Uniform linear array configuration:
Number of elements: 4
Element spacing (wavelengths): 0.75
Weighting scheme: exponential
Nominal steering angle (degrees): -60
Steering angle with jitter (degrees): -60.522
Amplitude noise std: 0.05
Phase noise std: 0.05

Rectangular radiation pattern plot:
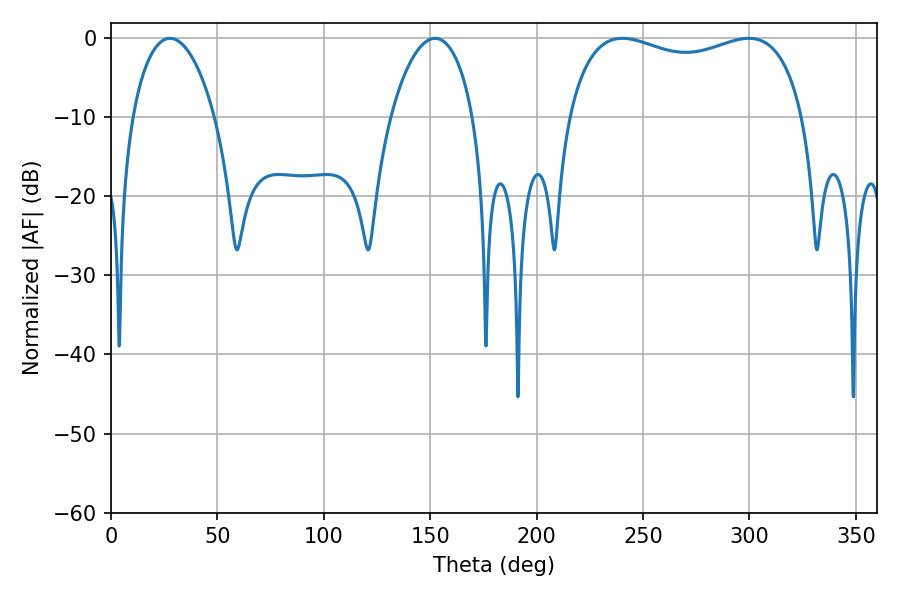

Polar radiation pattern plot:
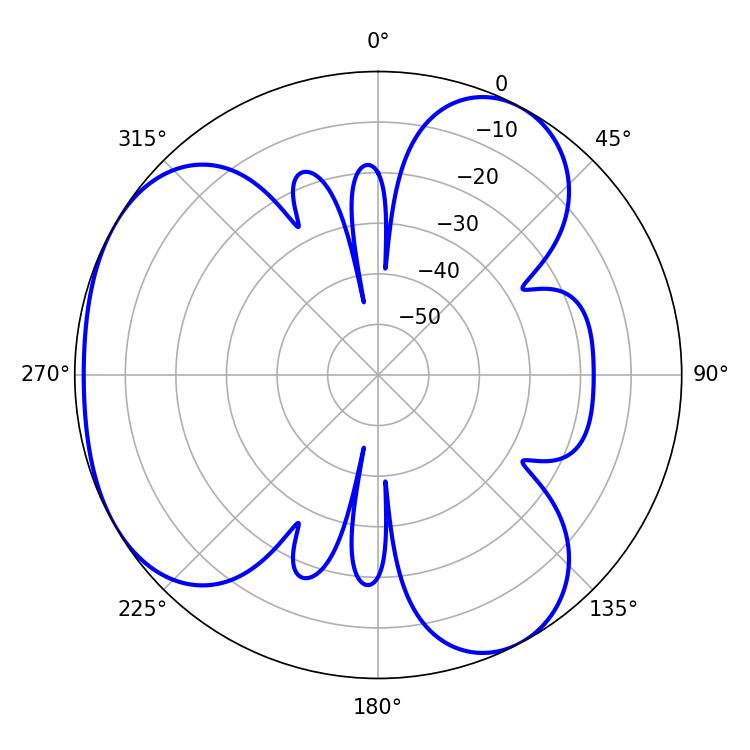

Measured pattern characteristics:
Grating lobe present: TRUE
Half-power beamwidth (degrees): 91.08
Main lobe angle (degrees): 240.3